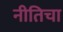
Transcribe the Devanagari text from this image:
नीतिचा